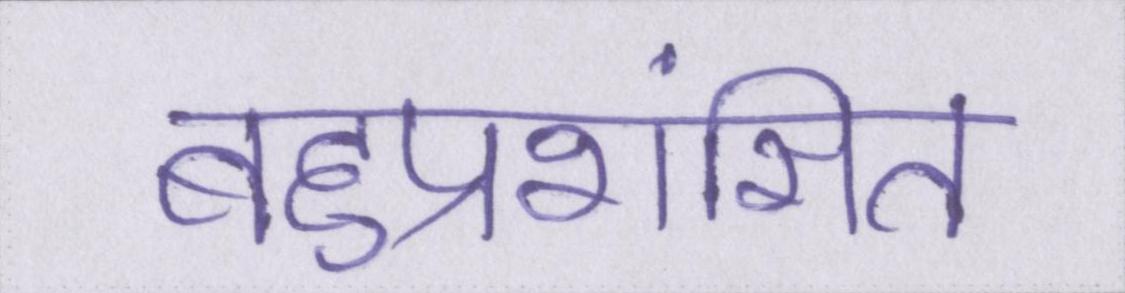
बहुप्रशंसित